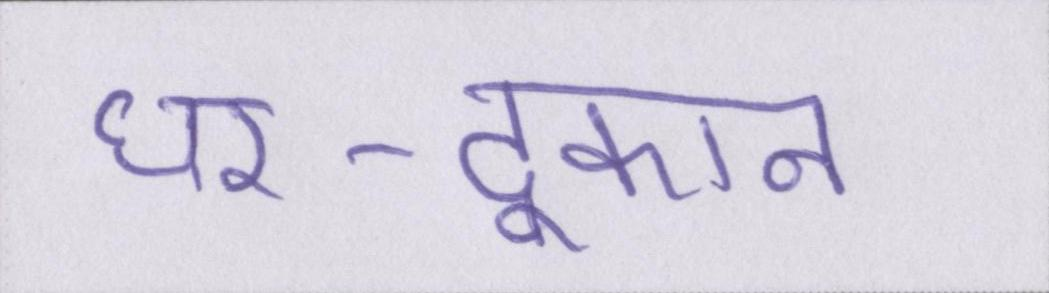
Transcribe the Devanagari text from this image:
घर-दूकान